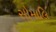
સોમાલિ